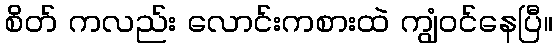
စိတ် ကလည်း လောင်းကစားထဲ ကျွံဝင်နေပြီ။